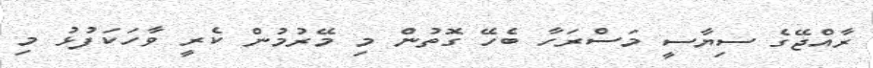
ރާއްޖޭގެ ސިޔާސީ މަސްރަހާ ބެހޭ ގޮތުން މި މޭރުމުން ކެރީ ވާހަކަފުޅު މި